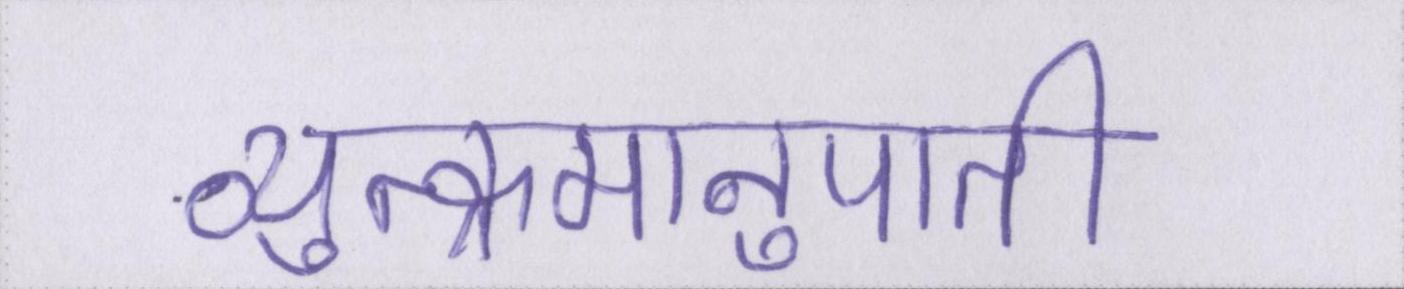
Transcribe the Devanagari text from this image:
व्युत्क्रमानुपाती